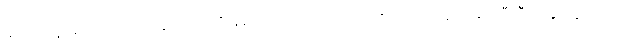
မဟုတ်ဘူး မောင်သက်ဆွေ၊ ကိုယ့်ကို ချစ်လို့ တကောက်ကောက် လိုက် နေတဲ့ ခင်သီသီကို ခွာထွက်လာလို့